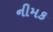
નીમક